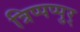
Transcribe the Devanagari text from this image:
त्रिप्पप्पुर्